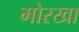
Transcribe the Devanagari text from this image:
मोरखा